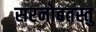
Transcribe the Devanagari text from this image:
सरनोबतस्तु